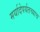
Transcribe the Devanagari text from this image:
मर्यादेपर्यतच्याच